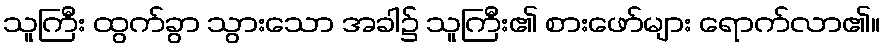
သူကြီး ထွက်ခွာ သွားသော အခါ၌ သူကြီး၏ စားဖော်များ ရောက်လာ၏။